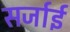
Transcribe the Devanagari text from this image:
सर्जाई